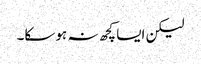
لیکن ایسا کچھ نہ ہوسکا۔